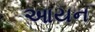
આયન